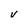
Character: v